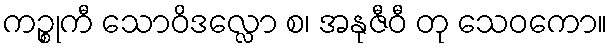
ကဉ္စုကီ သောဝိဒလ္လော စ၊ အနုဇီဝီ တု သေဝကော။